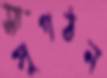
সুগঠন